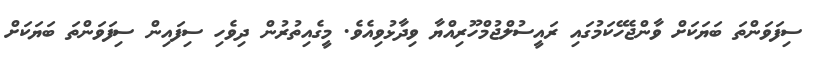
ސިފަވަންތަ ބަޔަކަށް ވާންޖެހޭކަމުގައި ރައީސުލްޖުމްހޫރިއްޔާ ވިދާޅުވިއެވެ. މީގެއިތުރުން ދިވެހި ސިފައިން ސިފަވަންތަ ބަޔަކަށް